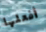
أفعلها